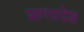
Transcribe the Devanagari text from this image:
प्रहलादेश